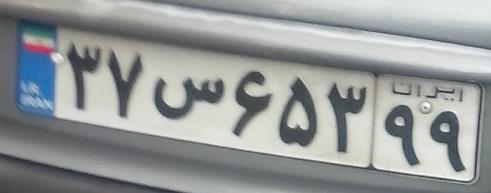
۳۷س۶۵۳۹۹